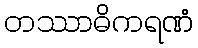
တဿာဓိကရဏံ